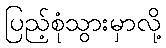
ပြည့်စုံသွားမှာလို့